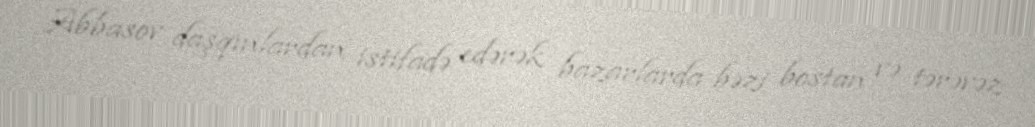
Abbasov daşqınlardan istifadə edərək bazarlarda bəzi bostan və tərəvəz